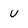
Character: U